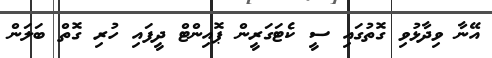
އޭނާ ވިދާޅުވި ގޮތުގައި ސީ ކެޓަގަރީން ޕޮއިންޓް ދީފައި ހުރި ގޮތް ބަލަން